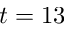
t = 1 3